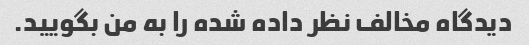
دیدگاه مخالف نظر داده شده را به من بگویید.